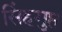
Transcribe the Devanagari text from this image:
सिंहगुप्त